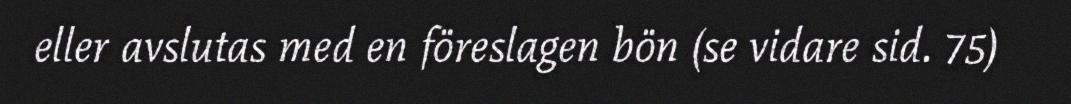
eller avslutas med en föreslagen bön (se vidare sid. 75)